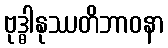
ဗုဒ္ဓါနုဿတိဘာဝနာ